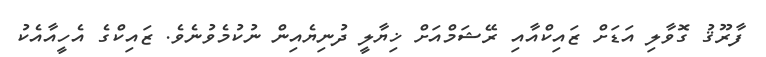
ފާރޫޤު ގޮވާލި އަޑަށް ޒައިކްއާއި ރޭޝަމްއަށް ޚިޔާލީ ދުނިޔެއިން ނުކުމެވުނެވެ. ޒައިކްގެ އެހީއާއެކު